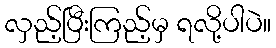
လှည့်ပြီးကြည့်မှ ရလို့ပါပဲ။